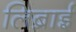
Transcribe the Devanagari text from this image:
लिब्राई